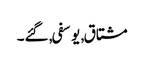
مشتاق, یوسفی, گئے۔